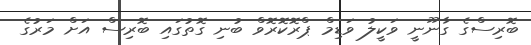
ބޮރިސްގެ ގާނޫނީ ވަކީލު ވަޑިމް ޕްރޮކޮރޮވް ބުނި ގޮތުގައި ބޮރިސް އަށް މަރުގެ